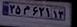
۲۵م۶۲۱۱۳